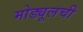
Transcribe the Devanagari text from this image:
मोड्यूलची